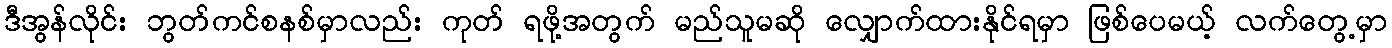
ဒီအွန်လိုင်း ဘွတ်ကင်စနစ်မှာလည်း ကုတ် ရဖို့အတွက် မည်သူမဆို လျှောက်ထားနိုင်ရမှာ ဖြစ်ပေမယ့် လက်တွေ့မှာ